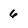
Character: 6